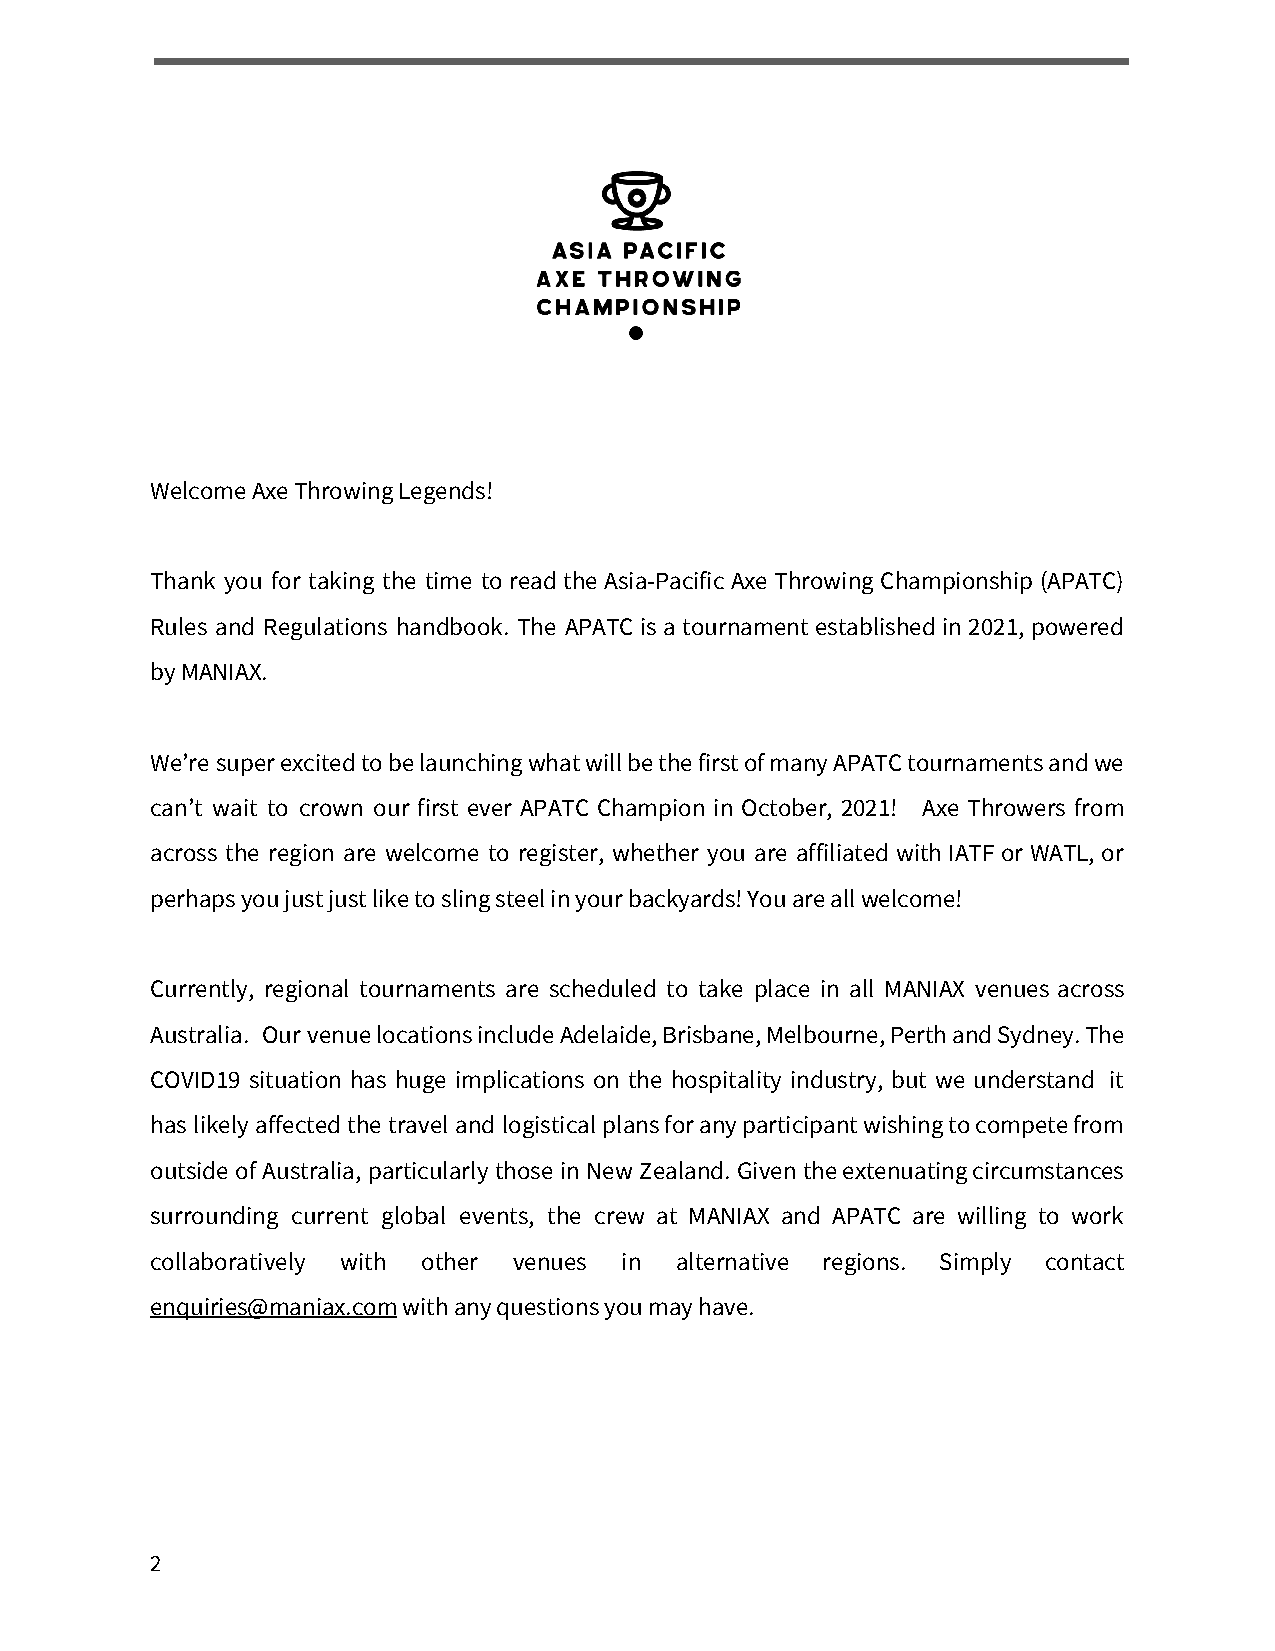
Welcome Axe Throwing Legends!
 Thank you for taking the time to read the Asia-Pacific Axe Throwing Championship (APATC)
 Rules and Regulations handbook. The APATC is a tournament established in 2021, powered
 by MANIAX.
 We’re super excited to be launching what will be the first of many APATC tournaments and we
 can’t wait to crown our first ever APATC Champion in October, 2021! Axe Throwers from
 across the region are welcome to register, whether you are affiliated with IATF or WATL, or
 perhaps you just just like to sling steel in your backyards! You are all welcome!
 Currently, regional tournaments are scheduled to take place in all MANIAX venues across
 Australia. Our venue locations include Adelaide, Brisbane, Melbourne, Perth and Sydney. The
 COVID19 situation has huge implications on the hospitality industry, but we understand it
 has likely affected the travel and logistical plans for any participant wishing to compete from
 outside of Australia, particularly those in New Zealand. Given the extenuating circumstances
 surrounding current global events, the crew at MANIAX and APATC are willing to work
 collaboratively with other venues in alternative regions. Simply contact
 enquiries@maniax.com with any questions you may have.
 ​
 2